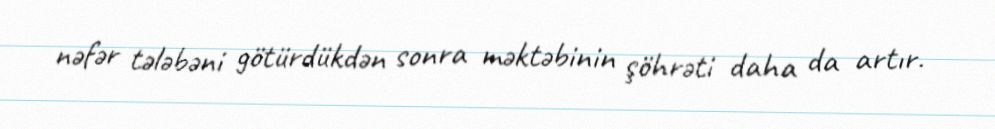
nəfər tələbəni götürdükdən sonra məktəbinin şöhrəti daha da artır.